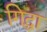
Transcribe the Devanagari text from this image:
गिद्धा